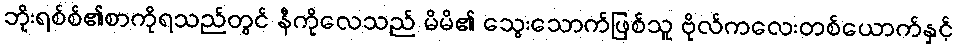
ဘိုးရစ်စ်၏စာကိုရသည်တွင် နီကိုလေသည် မိမိ၏ သွေးသောက်ဖြစ်သူ ဗိုလ်ကလေးတစ်ယောက်နှင့်